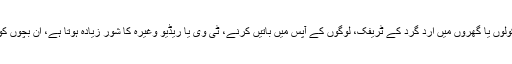
مطالعے کے دوران معلوم ہوا کہ جن بچوں کے اسکولوں یا گھروں میں ارد گرد کے ٹریفک، لوگوں کے آپس میں باتیں کرنے، ٹی وی یا ریڈیو وغیرہ کا شور زیادہ ہوتا ہے، ان بچوں کو نئے الفاظ سیکھنے میں دشواری کا سامنا ہوتا ہے۔